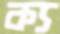
ক্য